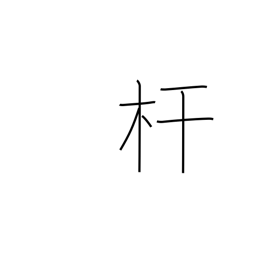
Meaning: pole